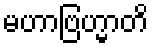
မဟာဗြဟ္မာတိ